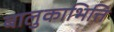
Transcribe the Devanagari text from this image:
बालुकाभित्ति